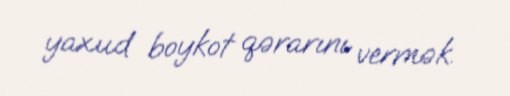
yaxud boykot qərarını vermək.